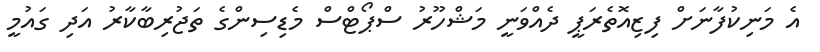
އެ މަނިކުފާނަށް ފިޒިއޮތެރަޕީ ދެއްވަނީ މަޝްހޫރު ސްޕޯޓްސް މެޑިސިންގެ ތަޖުރިބާކާރު އަދި ގައުމީ